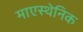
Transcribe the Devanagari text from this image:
माएस्थेनिक